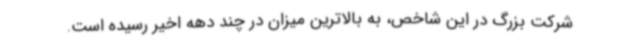
شرکت بزرگ در این شاخص، به بالاترین میزان در چند دهه اخیر رسیده است.